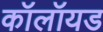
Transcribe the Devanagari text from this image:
कॉलॉयड